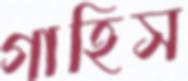
গাহিস